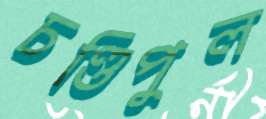
চণ্ডিপুল